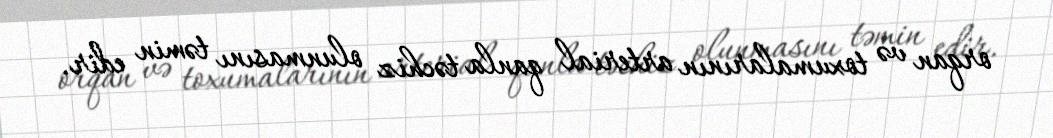
orqan və toxumalarının arterial qanla təchiz olunmasını təmin edir.